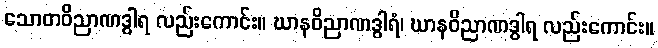
သောတဝိညာဏဒွါရ လည်းကောင်း။ ဃာနဝိညာဏဒွါရံ၊ ဃာနဝိညာဏဒွါရ လည်းကောင်း။